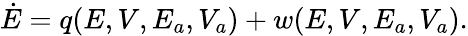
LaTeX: \begin{array}{r}{\dot{E}=q(E,V,E_{a},V_{a})+w(E,V,E_{a},V_{a}).}\end{array}